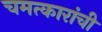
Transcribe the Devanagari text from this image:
चमत्कारांची